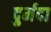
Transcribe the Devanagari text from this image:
दुर्मदा